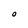
Character: O